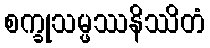
စက္ခုသမ္ဖဿနိဿိတံ